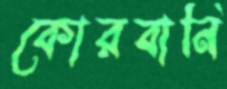
কোরবানি